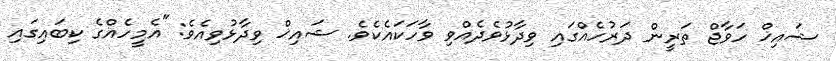
ޝައިޚް ހަވާޖް ތަރީން ދަރުހެއްގައި ވިދާޅުވެދެއްވި ވާހަކައެކެވެ. ޝައިޚް ވިދާޅުވިއެވެ: "އެމީހެއްގެ ކިބައިގައި